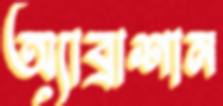
অ্যাব্রাশান